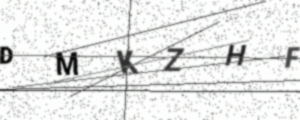
Text: DMKZHF